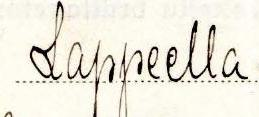
Lappeella